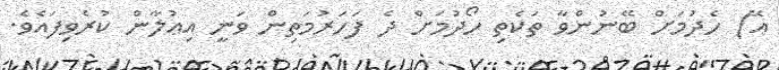
އޭ) ހެދުމަށް ބޭނުންވާ ތަކެތި ހޯދުމަށް ދެ ފަހަރުމަތިން ވަނީ އިޢުލާން ކުރެވިފައެވެ.